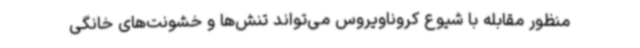
منظور مقابله با شیوع کروناویروس می‌تواند تنش‌ها و خشونت‌های خانگی